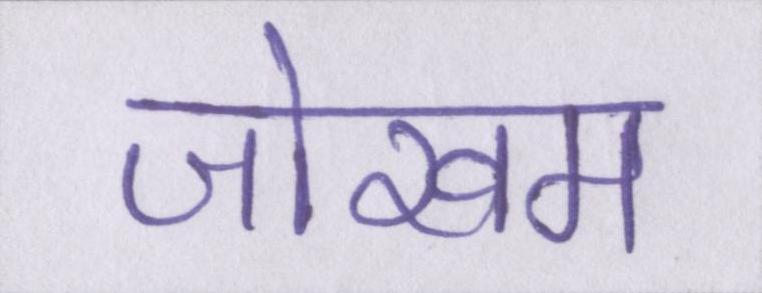
जोखम